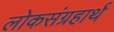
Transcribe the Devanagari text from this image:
लोकसंग्रहार्थ